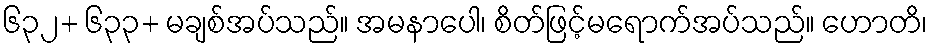
၆၃၂+ ၆၃၃+ မချစ်အပ်သည်။ အမနာပေါ၊ စိတ်ဖြင့်မရောက်အပ်သည်။ ဟောတိ၊